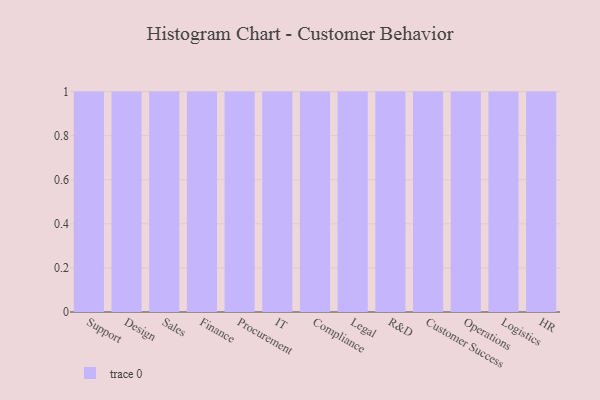
{"axis": {"x": "Department", "y": "Conversion Rate (%)"}, "legend": [""], "data": [{"x": "Support", "y": 18, "type": ""}, {"x": "Design", "y": 37, "type": ""}, {"x": "Sales", "y": 6, "type": ""}, {"x": "Finance", "y": 69, "type": ""}, {"x": "Procurement", "y": 11, "type": ""}, {"x": "IT", "y": 60, "type": ""}, {"x": "Compliance", "y": 31, "type": ""}, {"x": "Legal", "y": 20, "type": ""}, {"x": "R&D", "y": 82, "type": ""}, {"x": "Customer Success", "y": 9, "type": ""}, {"x": "Operations", "y": 13, "type": ""}, {"x": "Logistics", "y": 28, "type": ""}, {"x": "HR", "y": 23, "type": ""}]}